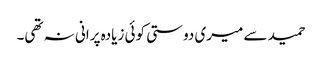
حمید سے میری دوستی کوئی زیادہ پرانی نہ تھی۔